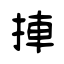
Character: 捙